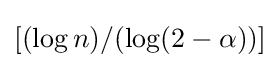
[(\log {n})/(\log(2-\alpha ))]